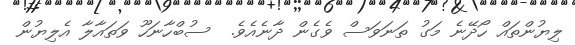
ލިޔުންތައް ހޯދޭނެ މަގު ތަނަވަސް ވެގެން ދާނެއެވެ.  ސުބްހާނަހޫ ވަތައާލާ އެލިޔުން